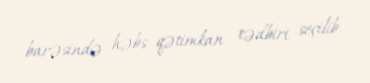
barəsində həbs qətimkan tədbiri seçilib.